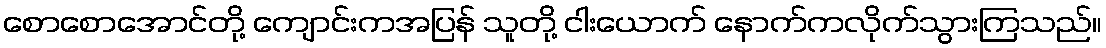
စောစောအောင်တို့ ကျောင်းကအပြန် သူတို့ ငါးယောက် နောက်ကလိုက်သွားကြသည်။